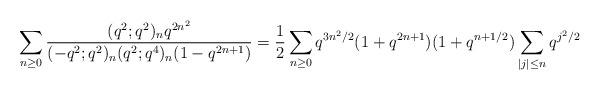
LaTeX: \begin{align*}\sum_{n\ge0}\frac{(q^2;q^2)_nq^{2n^2}}{(-q^2;q^2)_n(q^2;q^4)_n(1-q^{2n+1})}= \frac{1}{2}\sum_{n\ge0}q^{3n^2/2}(1+q^{2n+1})(1+q^{n+1/2})\sum_{|j|\le n}q^{j^2/2}\end{align*}